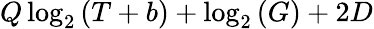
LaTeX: Q\log_{2}{(T+b)}+\log_{2}{(G)}+2D